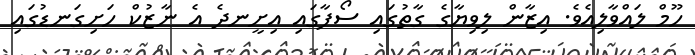
ހޫމް ލައްވާލިއެވެ. އިޒާން ލިވިޔާގެ ގާތުގައި ސޯފާގައި އިށީނދެ އެ ނާޒުކް ހަށިގަނޑުގައި